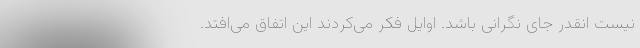
نیست انقدر جای نگرانی باشد. اوایل فکر می‌کردند این اتفاق می‌افتد.